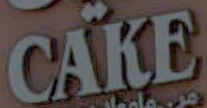
CAKE